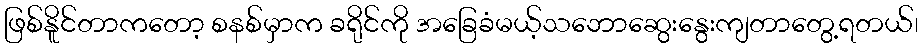
ဖြစ်နိူင်တာကတော့ စနစ်မှာက ခရိုင်ကို အခြေခံမယ့်သဘောဆွေးနွေးကျတာတွေ့ရတယ်၊